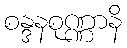
စန္ဒနစုဏ္ဏာနိ